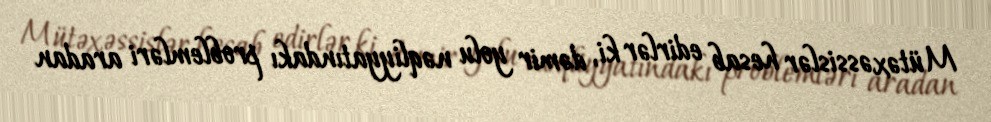
Mütəxəssislər hesab edirlər ki, dəmir yolu nəqliyyatındakı problemləri aradan